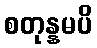
စတုန္နမပိ